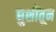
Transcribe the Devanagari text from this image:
घुशींतून